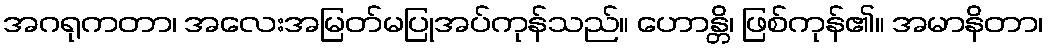
အဂရုကတာ၊ အလေးအမြတ်မပြုအပ်ကုန်သည်။ ဟောန္တိ၊ ဖြစ်ကုန်၏။ အမာနိတာ၊